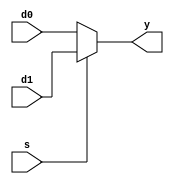
/**********************************************************************************************
 * Project Name       : Multiplexor sel 2
 * Module description : 
 * Target             : 5CSXFC6D6F31C6
 **********************************************************************************************/

module Mux2 #(parameter  WIDTH = 11)
(
    input  [WIDTH-1:0] d0, d1,
    input              s,
    output [WIDTH-1:0] y
);

assign y = s ? d1 : d0;

endmodule